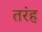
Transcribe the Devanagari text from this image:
तरंह